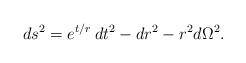
LaTeX: \begin{align*} d{{s}^{2}}={{e}^{{t}/{r}\;}}d{{t}^{2}}-d{{r}^{2}}-{{r}^{2}}d{{\Omega }^{2}}.\end{align*}